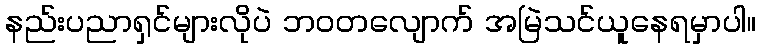
နည်းပညာရှင်များလိုပဲ ဘဝတလျောက် အမြဲသင်ယူနေရမှာပါ။